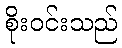
စိုးဝင်းသည်